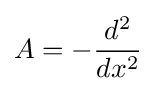
A=-{\frac {d^{2}}{dx^{2}}}